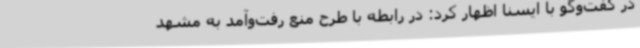
در گفت‌وگو با ایسنا اظهار کرد: در رابطه با طرح منع رفت‌وآمد به مشهد